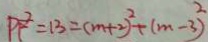
P F ^ { 2 } = 1 3 = ( m + 2 ) ^ { 2 } + ( m - 3 ) ^ { 2 }